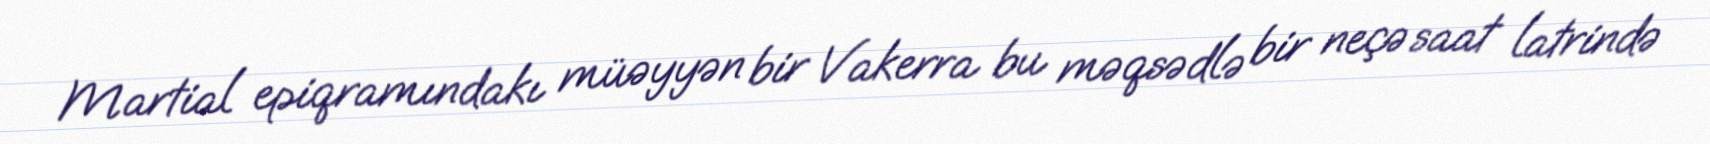
Martial epiqramındakı müəyyən bir Vakerra bu məqsədlə bir neçə saat latrində